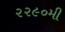
૨૨૯૦મી